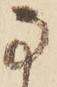
な